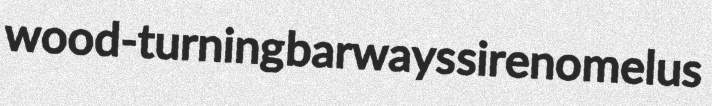
wood-turning barways sirenomelus